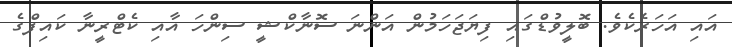
އައި އަހަރެކެވެ. ބޮލީވުޑްގައި ފިޔަޖަހަމުން އަންނަ ސޮނާކްޝީ ސިންހަ އާއި ކެޓްރީނާ ކައިފްގެ